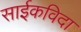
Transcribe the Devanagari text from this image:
साईकविदा